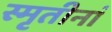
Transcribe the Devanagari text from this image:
स्मृतीनां